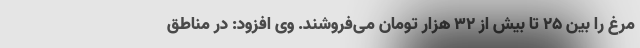
مرغ را بین ۲۵ تا بیش از ۳۲ هزار تومان می‌فروشند. وی افزود: در مناطق